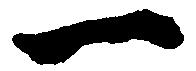
一